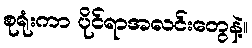
စုရုံးကာ ပိုင်ရာအလင်းတွေနဲ့။